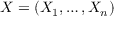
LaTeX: X = ( X _ { 1 } , \dots , X _ { n } )